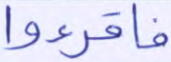
فاقرءوا